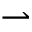
\rightharpoonup